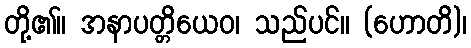
တို့၏။ အနာပတ္တိယေဝ၊ သည်ပင်။ (ဟောတိ)၊